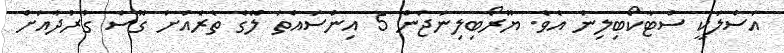
އަސްލަކީ ސްޓާކޯބިލިން އެވެ. ޔޫރޯބިލިނަޖަން 5 އިންސައްތަ ލޭގެ ތެރެއަށް ގޮސް ގުރުދާއަށް